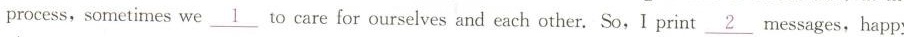
process, sometimes we\underline{1} to care for ourselves and each other. So,I print\underline{2} messages,happy